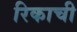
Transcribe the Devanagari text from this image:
रिकाची